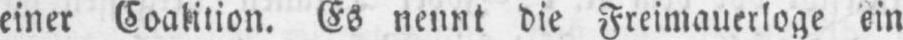
einer Coalition. Es nennt die Freimauerloge ein